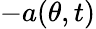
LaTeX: -a(\theta,t)